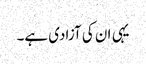
یہی ان کی آزادی ہے۔